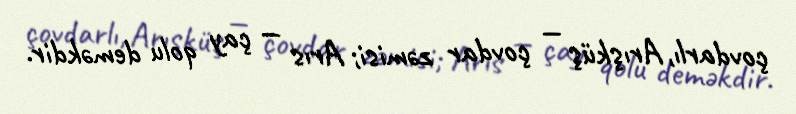
çovdarlı, Arışküş — çovdar zəmisi; Arıs — çay qolu deməkdir.